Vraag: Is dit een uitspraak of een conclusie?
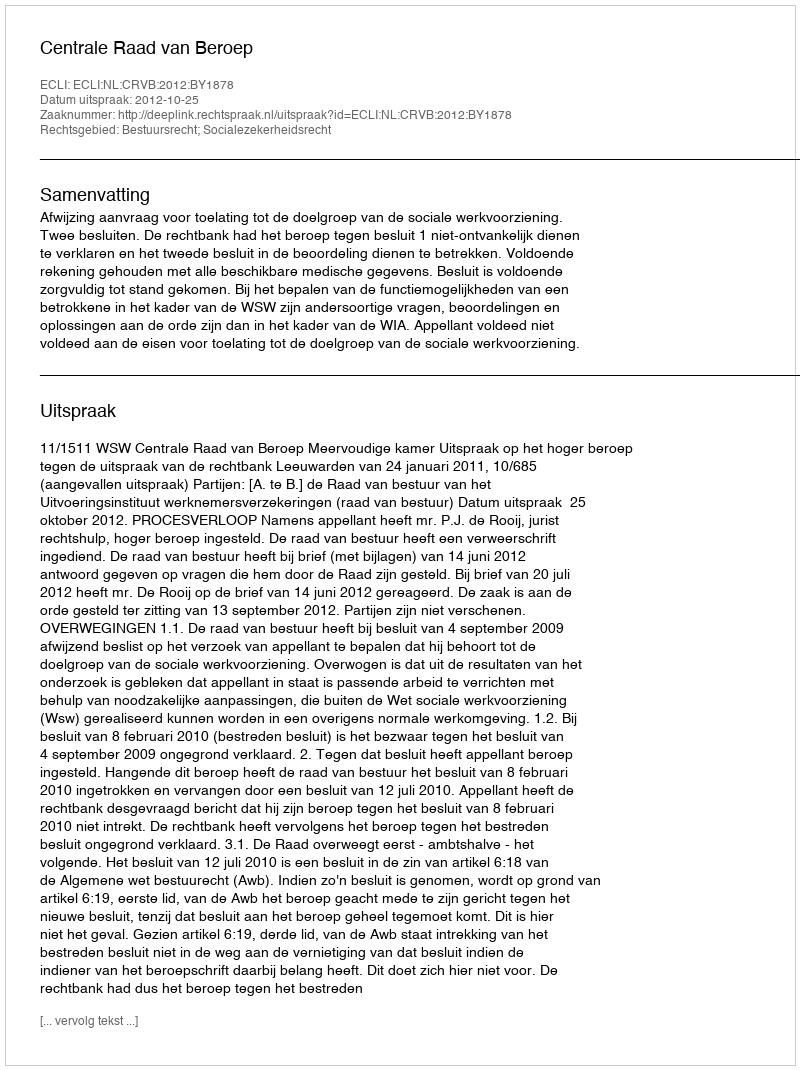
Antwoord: Uitspraak